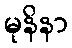
မုနိနာ